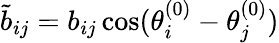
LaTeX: \tilde{b}_{ij}=b_{ij}\cos(\theta_{i}^{(0)}-\theta_{j}^{(0)})